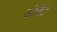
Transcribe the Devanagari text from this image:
डोविट